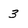
Character: 3